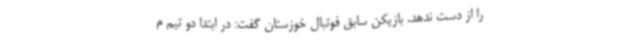
را از دست ندهد. بازیکن سابق فوتبال خوزستان گفت: در ابتدا دو تیم م